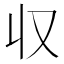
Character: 収